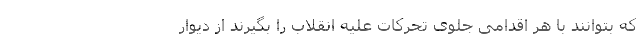
که بتوانند با هر اقدامی جلوی تحرکات علیه انقلاب را بگیرند از دیوار